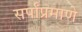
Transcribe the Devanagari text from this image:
सर्पांप्रमाणे